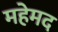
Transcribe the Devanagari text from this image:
महेमद